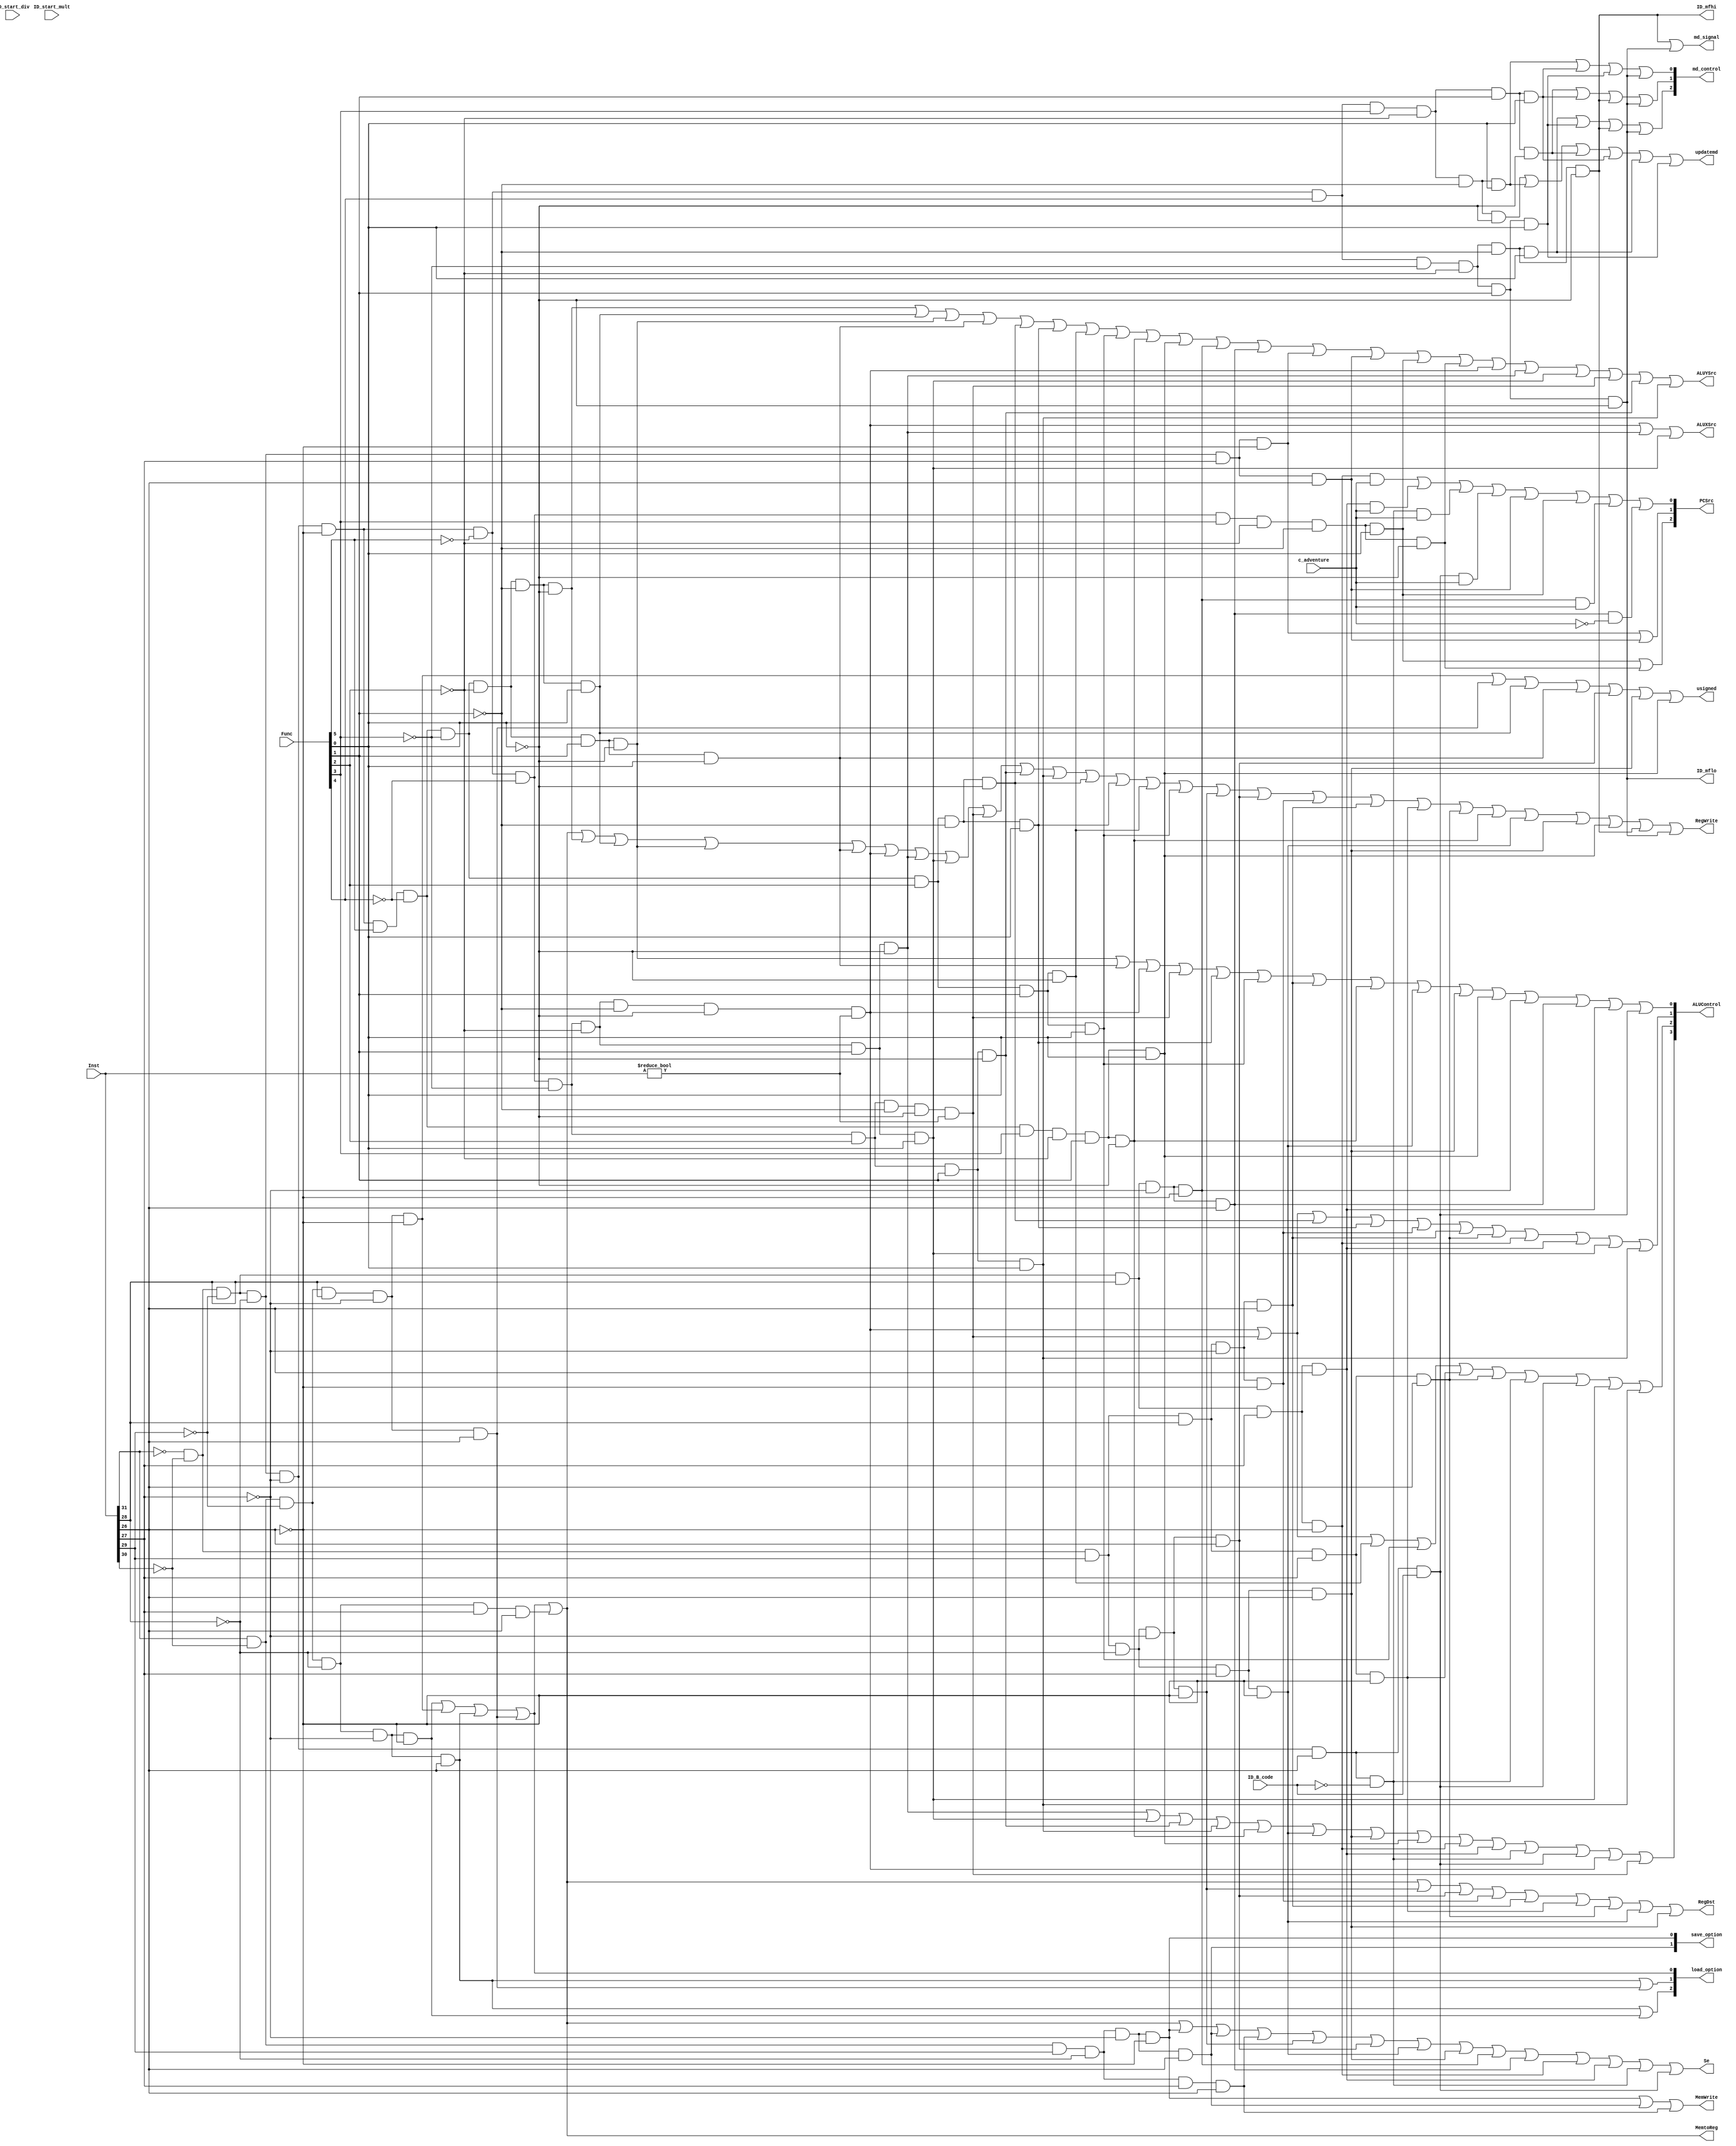
`timescale 1ns / 1ps
//////////////////////////////////////////////////////////////////////////////////
// Company: 
// Engineer: 
// 
// Design Name: 
// Module Name: CU
// Project Name: 
// Target Devices: 
// Tool Versions: 
// Description: 
// 
// Dependencies: 
// 
// Revision:
// Revision 0.01 - File Created
// Additional Comments:
// 
//////////////////////////////////////////////////////////////////////////////////


module CU(ID_start_mult,ID_start_div,ID_mfhi,ID_mflo,Inst,Func,ID_B_code,RegDst,Se,RegWrite,ALUXSrc,ALUYSrc,ALUControl,md_control,MemWrite,PCSrc,MemtoReg,load_option,save_option,usigned,c_adventure,md_signal,updatemd);
    input [5:0]Func;
    input [31:0]Inst;
    input c_adventure,ID_B_code,ID_start_mult,ID_start_div;
    output RegDst,Se,RegWrite,ALUXSrc,ALUYSrc,MemWrite,MemtoReg,usigned,md_signal;
    output [2:0]PCSrc,load_option,md_control;
    output [1:0]save_option;
    output [3:0]ALUControl;
    output ID_mfhi,ID_mflo,updatemd;

    wire R_type=~Inst[31] & ~Inst[30] & ~Inst[29] & ~Inst[28] & ~Inst[27] & ~Inst[26];
    wire I_lb = Inst[31] & ~Inst[30] & ~Inst[29] & ~Inst[28] & ~Inst[27] & ~Inst[26];
    wire I_lbu = Inst[31] & ~Inst[30] & ~Inst[29] & Inst[28] & ~Inst[27] & ~Inst[26];
    wire I_lh = Inst[31] & ~Inst[30] & ~Inst[29] & ~Inst[28] & ~Inst[27] & Inst[26];
    wire I_lhu = Inst[31] & ~Inst[30] & ~Inst[29] & Inst[28] & ~Inst[27] & Inst[26];
    wire I_lw = Inst[31] & ~Inst[30] & ~Inst[29] & ~Inst[28] & Inst[27] & Inst[26];
    wire I_sb = Inst[31] & ~Inst[30] & Inst[29] & ~Inst[28] & ~Inst[27] & ~Inst[26];
    wire I_sh = Inst[31] & ~Inst[30] & Inst[29] & ~Inst[28] & ~Inst[27] & Inst[26];
    wire I_sw = Inst[31] & ~Inst[30] & Inst[29] & ~Inst[28] & Inst[27] & Inst[26];
    wire I_add = R_type & Func[5] & ~Func[4] & ~Func[3] & ~Func[2] & ~Func[1] & ~Func[0];
    wire I_addu = R_type & Func[5] & ~Func[4] & ~Func[3] & ~Func[2] & ~Func[1] & Func[0];
    wire I_sub = R_type & Func[5] & ~Func[4] & ~Func[3] & ~Func[2] & Func[1] & ~Func[0];
    wire I_subu = R_type & Func[5] & ~Func[4] & ~Func[3] & ~Func[2] & Func[1] & Func[0];
    wire I_sll = R_type & ~Func[5] & ~Func[4] & ~Func[3] & ~Func[2] & ~Func[1] & ~Func[0] & (Inst!=0);
    wire I_srl = R_type & ~Func[5] & ~Func[4] & ~Func[3] & ~Func[2] & Func[1] & ~Func[0];
    wire I_sra = R_type & ~Func[5] & ~Func[4] & ~Func[3] & ~Func[2] & Func[1] & Func[0];
    wire I_sllv = R_type & ~Func[5] & ~Func[4] & ~Func[3] & Func[2] & ~Func[1] & ~Func[0] & (Inst!=0);
    wire I_srlv = R_type & ~Func[5] & ~Func[4] & ~Func[3] & Func[2] & Func[1] & ~Func[0];
    wire I_srav = R_type & ~Func[5] & ~Func[4] & ~Func[3] & Func[2] & Func[1] & Func[0];
    wire I_and = R_type & Func[5] & ~Func[4] & ~Func[3] & Func[2] & ~Func[1] & ~Func[0];
    wire I_or = R_type & Func[5] & ~Func[4] & ~Func[3] & Func[2] & ~Func[1] & Func[0];
    wire I_xor = R_type & Func[5] & ~Func[4] & ~Func[3] & Func[2] & Func[1] & ~Func[0];
    wire I_nor = R_type & Func[5] & ~Func[4] & ~Func[3] & Func[2] & Func[1] & Func[0];
    wire I_addi = ~Inst[31] & ~Inst[30] & Inst[29] & ~Inst[28] & ~Inst[27] & ~Inst[26];
    wire I_addiu = ~Inst[31] & ~Inst[30] & Inst[29] & ~Inst[28] & ~Inst[27] & Inst[26];
    wire I_andi = ~Inst[31] & ~Inst[30] & Inst[29] & Inst[28] & ~Inst[27] & ~Inst[26];
    wire I_ori = ~Inst[31] & ~Inst[30] & Inst[29] & Inst[28] & ~Inst[27] & Inst[26];
    wire I_xori = ~Inst[31] & ~Inst[30] & Inst[29] & Inst[28] & Inst[27] & ~Inst[26];
    wire I_lui = ~Inst[31] & ~Inst[30] & Inst[29] & Inst[28] & Inst[27] & Inst[26];
    wire I_slt = R_type & Func[5] & ~Func[4] & Func[3] & ~Func[2] & Func[1] & ~Func[0];
    wire I_slti = ~Inst[31] & ~Inst[30] & Inst[29] & ~Inst[28] & Inst[27] & ~Inst[26];
    wire I_sltiu = ~Inst[31] & ~Inst[30] & Inst[29] & ~Inst[28] & Inst[27] & Inst[26];
    wire I_sltu = R_type & Func[5] & ~Func[4] & Func[3] & ~Func[2] & Func[1] & Func[0];
    wire I_beq = ~Inst[31] & ~Inst[30] & ~Inst[29] & Inst[28] & ~Inst[27] & ~Inst[26];
    wire I_bne = ~Inst[31] & ~Inst[30] & ~Inst[29] & Inst[28] & ~Inst[27] & Inst[26];
    wire I_blez = ~Inst[31] & ~Inst[30] & ~Inst[29] & Inst[28] & Inst[27] & ~Inst[26];
    wire I_bgtz = ~Inst[31] & ~Inst[30] & ~Inst[29] & Inst[28] & Inst[27] & Inst[26];
    wire I_bltz = ~Inst[31] & ~Inst[30] & ~Inst[29] & ~Inst[28] & ~Inst[27] & Inst[26] & ~ID_B_code;
    wire I_bgez = ~Inst[31] & ~Inst[30] & ~Inst[29] & ~Inst[28] & ~Inst[27] & Inst[26] & ID_B_code;
    wire I_j = ~Inst[31] & ~Inst[30] & ~Inst[29] & ~Inst[28] & Inst[27] & ~Inst[26];
    wire I_jal = ~Inst[31] & ~Inst[30] & ~Inst[29] & ~Inst[28] & Inst[27] & Inst[26];
    wire I_jalr = R_type & ~Func[5] & ~Func[4] & Func[3] & ~Func[2] & ~Func[1] & Func[0];
    wire I_jr = R_type & ~Func[5] & ~Func[4] & Func[3] & ~Func[2] & ~Func[1] & ~Func[0];
    wire I_mult = R_type & ~Func[5] & Func[4] & Func[3] & ~Func[2] & ~Func[1] & ~Func[0];
    wire I_multu = R_type & ~Func[5] & Func[4] & Func[3] & ~Func[2] & ~Func[1] & Func[0];
    wire I_div = R_type & ~Func[5] & Func[4] & Func[3] & ~Func[2] & Func[1] & ~Func[0];
    wire I_divu = R_type & ~Func[5] & Func[4] & Func[3] & ~Func[2] & Func[1] & Func[0];
    wire I_mthi = R_type & ~Func[5] & Func[4] & ~Func[3] & ~Func[2] & ~Func[1] & Func[0];
    wire I_mtlo = R_type & ~Func[5] & Func[4] & ~Func[3] & ~Func[2] & Func[1] & Func[0];
    wire I_mfhi = R_type & ~Func[5] & Func[4] & ~Func[3] & ~Func[2] & ~Func[1] & ~Func[0];
    wire I_mflo = R_type & ~Func[5] & Func[4] & ~Func[3] & ~Func[2] & Func[1] & ~Func[0];  
      
    assign RegDst = I_lb | I_lbu | I_lh | I_lhu | I_lw | I_addi | I_addiu | I_andi | I_ori | I_xori | I_lui | I_slti | I_sltiu;
    assign Se = I_lb | I_lbu | I_lh | I_lhu | I_lw | I_sb | I_sh | I_sw | I_addi | I_addiu | I_slti | I_sltiu | I_beq | I_bne | I_blez | I_bgtz | I_bltz | I_bgez;
    assign RegWrite = I_lb | I_lbu | I_lh | I_lhu | I_lw | I_add | I_addu | I_sub | I_subu | I_sll | I_srl | I_sra | I_sllv | I_srlv | I_srav | I_and | I_or | I_xor | I_nor | I_addi | I_addiu | I_andi | I_ori | I_xori | I_lui | I_slt | I_slti | I_sltiu | I_sltu | I_mfhi | I_mflo;
    assign ALUXSrc = I_sll | I_srl | I_sra;
    assign ALUYSrc = I_add | I_addu | I_sub | I_subu | I_and | I_or | I_xor | I_nor | I_slt | I_sltu | I_beq | I_bne | I_j | I_jal | I_jalr | I_jr | I_sll | I_srl | I_sra | I_sllv | I_srlv | I_srav;
    assign ALUControl[0] =I_sub | I_subu | I_sll | I_sllv | I_or | I_nor | I_ori | I_slt | I_slti | I_sltiu | I_sltu | I_beq | I_bne | I_bgtz | I_bgez;
    assign ALUControl[1] =I_sll | I_sllv | I_and | I_or | I_andi | I_ori | I_lui | I_blez | I_bgtz | I_sra | I_srav;
    assign ALUControl[2] =I_sll | I_sllv | I_xor | I_nor | I_xori | I_lui | I_bltz | I_bgez | I_sra | I_srav;
    assign ALUControl[3] =I_srl | I_sra | I_srlv | I_srav | I_slt | I_slti | I_sltiu | I_sltu | I_blez | I_bgtz | I_bltz | I_bgez | I_sll | I_sllv;
    assign MemWrite = I_sb | I_sh | I_sw;
    assign PCSrc[0] = (I_blez & c_adventure) | (I_bgtz & c_adventure)| (I_bltz & c_adventure)| (I_bgez & c_adventure)| I_jal | I_jalr | (I_beq & c_adventure) | (I_bne & ~c_adventure);
    assign PCSrc[1] = I_j | I_jal;
    assign PCSrc[2] = I_jalr | I_jr;
    assign MemtoReg = I_lb | I_lbu | I_lh | I_lhu | I_lw;
    assign load_option[0] = I_lb | I_lbu | I_lh | I_lhu;
    assign load_option[1] = I_lh | I_lhu;
    assign load_option[2] = I_lh | I_lb;
    assign save_option[0] = I_sb;
    assign save_option[1] = I_sh;
    assign usigned = I_lbu | I_lhu | I_addu | I_subu | I_addiu | I_sltiu | I_sltu;
    assign md_control[0] = I_multu | I_divu | I_mtlo | I_mflo;
    assign md_control[1] = I_div | I_divu | I_mfhi | I_mflo;
    assign md_control[2] = I_mthi | I_mtlo | I_mfhi | I_mflo;
    assign md_signal = I_mfhi | I_mflo;
    assign ID_mfhi = I_mfhi;
    assign ID_mflo = I_mflo;
    assign updatemd = I_mult | I_multu | I_div | I_divu | I_mthi | I_mtlo;
    assign ID_start_mult = I_mult | I_multu;
    assign ID_start_div = I_div | I_divu;   

endmodule